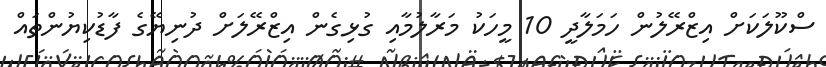
ސްކޫލަކަށް އިޒްރޭލުން ހަމަލާދީ 10 މީހަކު މަރާލުމާއި ގުޅިގެން އިޒްރޭލަށް ދުނިޔޭގެ ފާޑުކިޔުންތައް